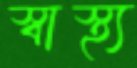
স্বাস্থ্য